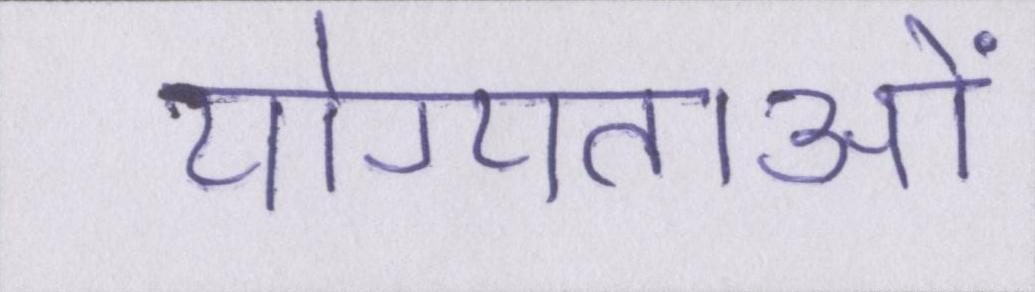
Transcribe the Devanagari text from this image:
योग्यताओं